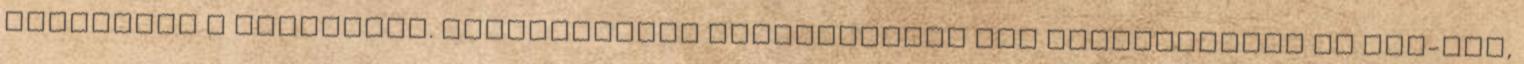
állításai a mérvadóak. Magyarország vállalatként van regisztrálva az USA-ban,